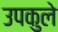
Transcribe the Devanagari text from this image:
उपकुले